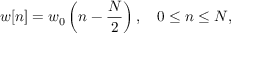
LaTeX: w [ n ] = w _ { 0 } \left( n - { \frac { N } { 2 } } \right) , \quad 0 \leq n \leq N ,